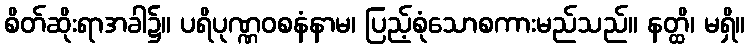
စိတ်ဆိုးရာအခါ၌။ ပရိပုဏ္ဏဝစနံနာမ၊ ပြည့်စုံသောစကားမည်သည်။ နတ္ထိ၊ မရှိ။